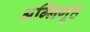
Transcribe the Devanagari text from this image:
अग्निगृह